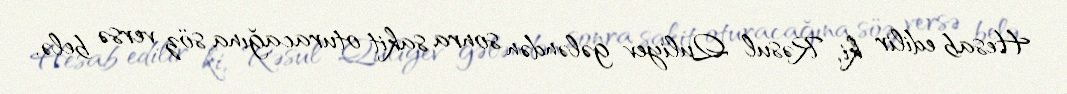
Hesab edilir ki, Rəsul Quliyev gələndən sonra sakit oturacağına söz versə belə,